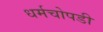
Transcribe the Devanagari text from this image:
धर्मचोपडी